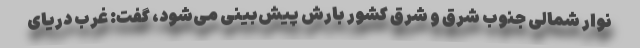
نوار شمالی جنوب شرق و شرق کشور بارش پیش‌بینی می‌شود، گفت: غرب دریای